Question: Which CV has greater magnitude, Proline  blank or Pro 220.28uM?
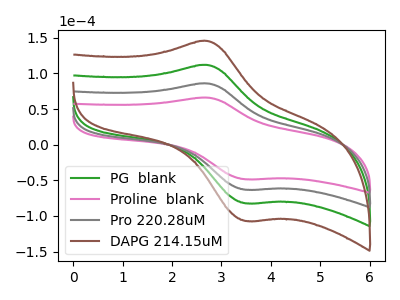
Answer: <think>The green curve "PG  blank" has an anodic peak at (2.70V, 171.75uA) and a cathodic peak at (3.50V, -126.45uA). The pink curve "Proline  blank" has an anodic peak at (2.70V, 66.00uA) and a cathodic peak at (3.50V, -48.55uA). The gray curve "Pro 220.28uM" has an anodic peak at (2.70V, 85.85uA) and a cathodic peak at (3.50V, -63.20uA). The brown curve "DAPG 214.15uM" has an anodic peak at (2.70V, 257.60uA) and a cathodic peak at (3.50V, -189.65uA).
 All the peaks in "Proline  blank" have a peak in "Pro 220.28uM" at the same potential. Every peak in "Proline  blank" is lower than every peak in "Pro 220.28uM".</think>
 <answer>"Proline  blank" has less signal than "Pro 220.28uM".</answer>
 <eval>less_signal</eval>